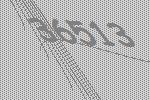
36513